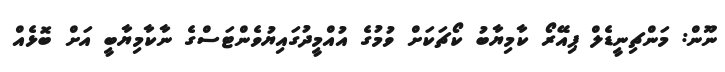
ނޫން: މަންޗިނީޑެލް ޕިއޭރޯ ކާމިޔާބު ކޯޗަކަށް ވުމުގެ އުއްމީދުގައިޔުވެންޓަސްގެ ނާކާމިޔާބީ އަށް ބޮޅެއް